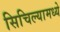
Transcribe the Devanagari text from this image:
सिचिल्यामध्ये